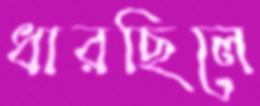
ধারছিলে